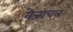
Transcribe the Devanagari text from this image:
वेजाचल